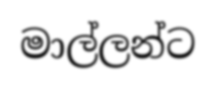
මාල්ලන්ට